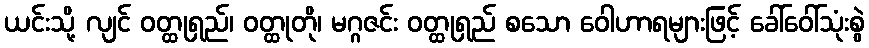
ယင်းသို့ လျင် ဝတ္ထုရှည်၊ ဝတ္ထုတို၊ မဂ္ဂဇင်း ဝတ္ထုရှည် စသော ဝေါဟာရများဖြင့် ခေါ်ဝေါ်သုံးစွဲ